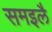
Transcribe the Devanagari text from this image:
समइलै